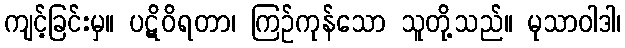
ကျင့်ခြင်းမှ။ ပဋိဝိရတာ၊ ကြဉ်ကုန်သော သူတို့သည်။ မုသာဝါဒါ၊